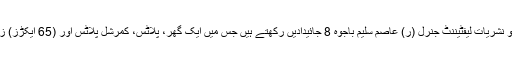
اسی طرح وزیراعظم کے معاون خصوصی برائے اطلاعات و نشریات لیفٹیننٹ جنرل (ر) عاصم سلیم باجوہ 8 جائیدادیں رکھتے ہیں جس میں ایک گھر، پلاٹس، کمرشل پلاٹس اور (65 ایکڑز) زرعی زمین ہے، جس کی مالیت تقریباً 15 کروڑ روپے ہے۔